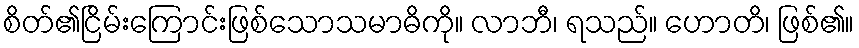
စိတ်၏ငြိမ်းကြောင်းဖြစ်သောသမာဓိကို။ လာဘီ၊ ရသည်။ ဟောတိ၊ ဖြစ်၏။